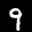
Label: 9